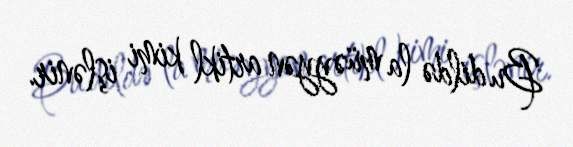
Bu dildə la müəyyən artikl kimi işlənir.